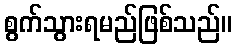
စွက်သွားရမည်ဖြစ်သည်။